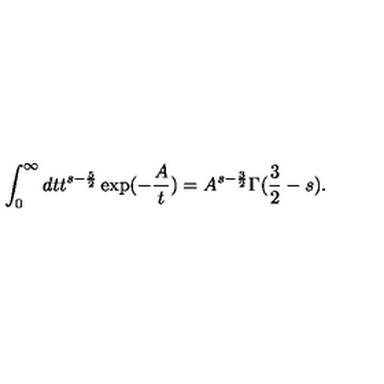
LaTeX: \int _ { 0 } ^ { \infty } d t t ^ { s - \frac { 5 } { 2 } } \exp ( - \frac { A } { t } ) = A ^ { s - \frac { 3 } { 2 } } \Gamma ( \frac { 3 } { 2 } - s ) .